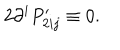
LaTeX: 2 \partial ^ { i } P _ { 2 i j } ^ { \prime } \equiv 0 .